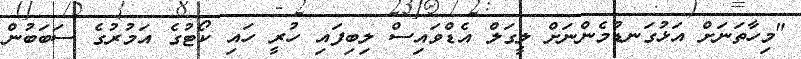
"މިހާތަނަށް އަޅުގަނޑުމެންނަށް ލީގަލް އެޑްވައިސް ލިބިފައި ހުރީ ހައި ކޯޓުގެ އަމުރުގެ ސަބަބުން